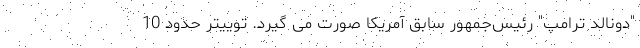
"دونالد ترامپ" رئیس‌جمهور سابق آمریکا صورت می گیرد. توییتر حدود 10